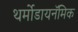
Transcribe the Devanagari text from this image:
थर्मोडायनॅमिक